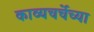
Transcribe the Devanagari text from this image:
काव्यचर्चेच्या